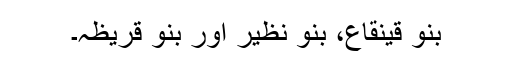
بنو قینقاع، بنو نظیر اور بنو قریظہ۔